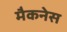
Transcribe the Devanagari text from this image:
मैकनेस